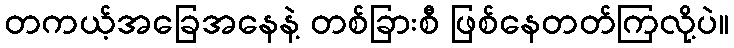
တကယ့်အခြေအနေနဲ့ တစ်ခြားစီ ဖြစ်နေတတ်ကြလို့ပဲ။